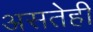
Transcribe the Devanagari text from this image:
असतेही